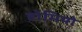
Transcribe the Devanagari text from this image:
होमियो